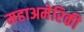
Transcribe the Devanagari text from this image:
महाअमेरिकी